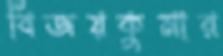
বিজয়কুমার